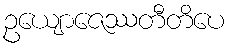
ဥယျောဇေဿတီတိပေ